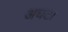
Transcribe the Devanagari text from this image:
अघट।